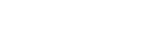
ပါရာသိဝိယဿ